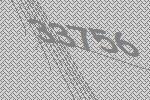
33756